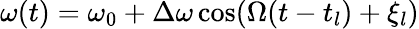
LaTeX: \omega(t)=\omega_{0}+\Delta\omega\cos(\Omega(t-t_{l})+\xi_{l})